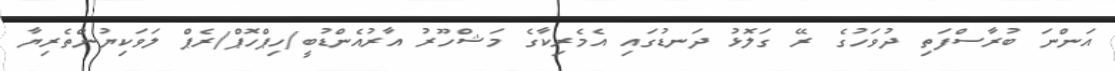
އަންނަ ބުރާސްފަތި ދުވަހުގެ ރޭ ގަލޮޅު ދަނޑުގައި އެމެރިކާގެ މަޝްހޫރު އާރުއެންޑުބީ/ހިޕްހޮޕް/ރެޕް ލަވަކިޔުންތެރިޔާ